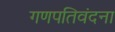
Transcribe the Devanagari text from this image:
गणपतिवंदना